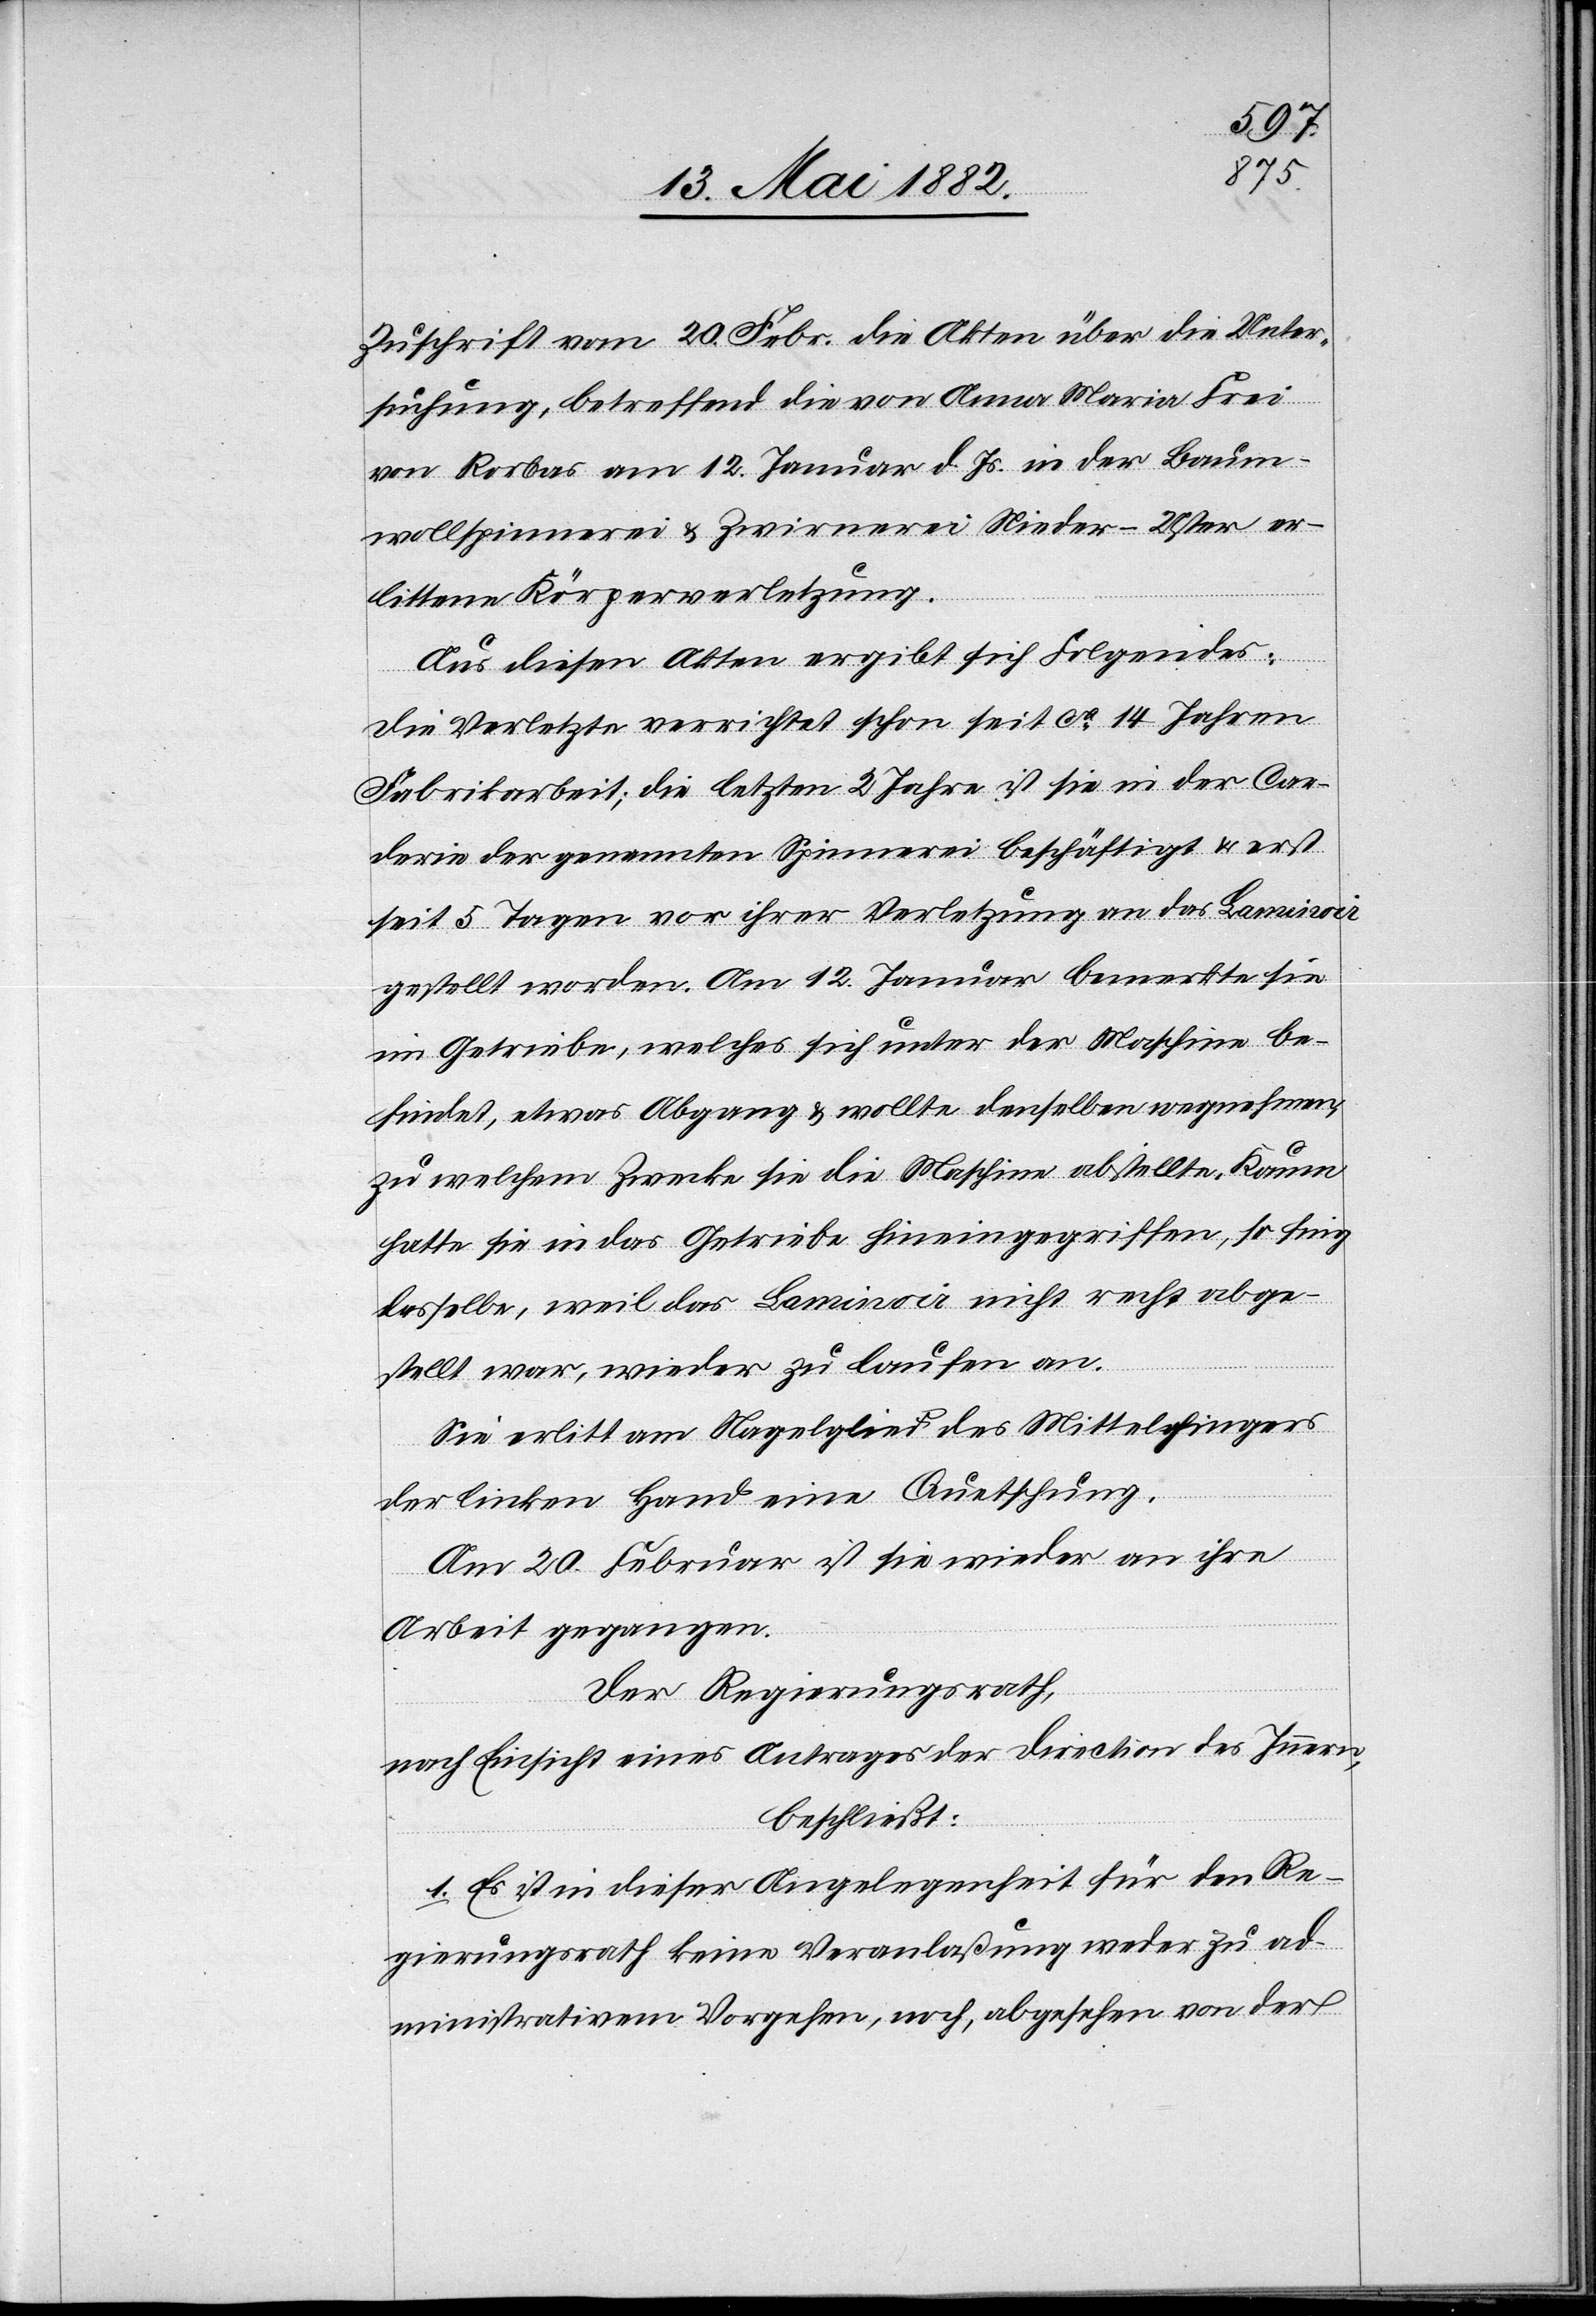
c!]
Zuschrift vom 20. Febr. die Akten über die Unter¬
suchung, betreffend die von Anna Maria [si¬
von Rorbas am 12. Januar d. Js. in der Baum¬
wollspinnerei & Zwirnerei Nieder-Uster er¬
littene Körperverletzung.
Aus diesen Akten ergibt sich Folgendes:
Die Verletzte verrichtet schon seit ca 14 Jahren
Fabrikarbeit; die letzten 2 Jahre ist sie in der Car¬
derie der genannten Spinnerei beschäftigt & erst
seit 5 Tagen vor ihrer Verletzung an das Laminoir
gestellt worden. Am 12. Januar bemerkte sie
im Getriebe, welches sich unter der Maschine be¬
findet, etwas Abgang & wollte denselben wegnehmen,
zu welchem Zwecke sie die Maschine abstellte. Kaum
hatte sie in das Getriebe hineingegriffen, so fing
dasselbe, weil das Laminoir nicht recht abge¬
stellt war, wieder zu laufen an.
Sie erlitt am Nagelglied des Mittelfingers
der linken Hand eine Quetschung.
Am 20. Februar ist sie wieder an ihre
Arbeit gegangen.
Der Regierungsrath,
nach Einsicht eines Antrages der Direction des Innern,
beschließt:
1. Es ist in dieser Angelegenheit für den Re¬
gierungsrath keine Veranlaßung weder zu ad¬
ministrativem Vorgehen, noch, abgesehen von der